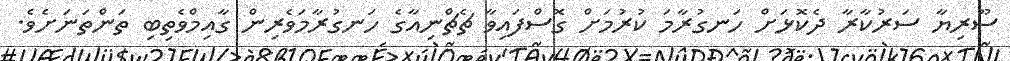
ސޫރިޔާ ސަރުކާރާ ދެކޮޅަށް ހަނގުރާމަ ކުރުމަށް ގޮސްފައިވާ ޗެޗްނިއާގެ ހަނގުރާމަވެރިން ގާއިމްވެތިބި ތަންތަނަށެވެ.